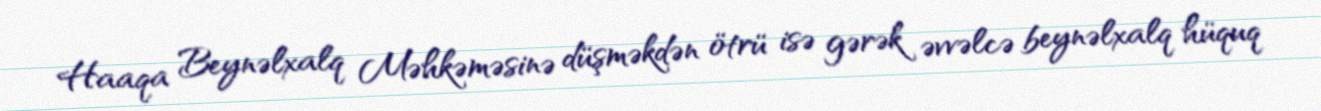
Haaqa Beynəlxalq Məhkəməsinə düşməkdən ötrü isə gərək əvvəlcə beynəlxalq hüquq